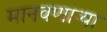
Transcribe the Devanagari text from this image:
मानवणाऱ्या